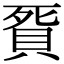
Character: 𧵲